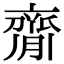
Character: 𦠃